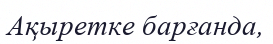
Ақыретке барғанда,